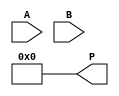
module radix4_multiplier #(parameter N = 8) (
    input  wire [N-1:0] A,  // Multiplicand
    input  wire [N-1:0] B,  // Multiplier
    output reg [2*N-1:0] P  // Product
);

    reg [N-1:0] partial_products [0:3]; // Array to hold partial products
    reg [N:0] B_ext; // Extended multiplier for Booth's algorithm
    integer i;

    // Extend B with an additional bit for Booth's algorithm
    always @(*) begin
        B_ext = {1'b0, B}; // Add a leading 0 for the extended multiplier
        P = 0; // Initialize product to 0
        for (i = 0; i < N; i = i + 2) begin
            case (B_ext[i+1:i])
                2'b00: partial_products[i/2] = 0;           // No partial product
                2'b01: partial_products[i/2] = A;           // Partial product A
                2'b10: partial_products[i/2] = ~A + 1;      // Partial product -A (two's complement)
                2'b11: partial_products[i/2] = A << 1;      // Partial product 2A
                default: partial_products[i/2] = 0;         // Default case
            endcase
        end
    end

    // Accumulate partial products
    always @(*) begin
        P = 0; // Reset product
        for (i = 0; i < (N/2 + (N % 2)); i = i + 1) begin
            P = P + (partial_products[i] << (i * 2)); // Shift and accumulate
        end
    end

endmodule